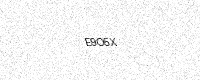
Text: E9O5X